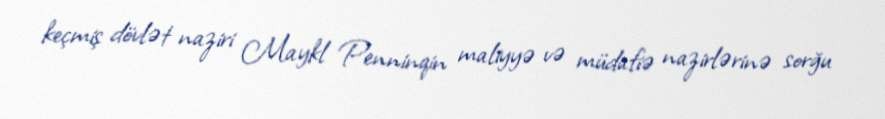
keçmiş dövlət naziri Maykl Penninqin maliyyə və müdafiə nazirlərinə sorğu